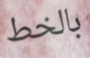
بالخط